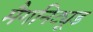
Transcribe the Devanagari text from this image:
मैगनिट्यूड